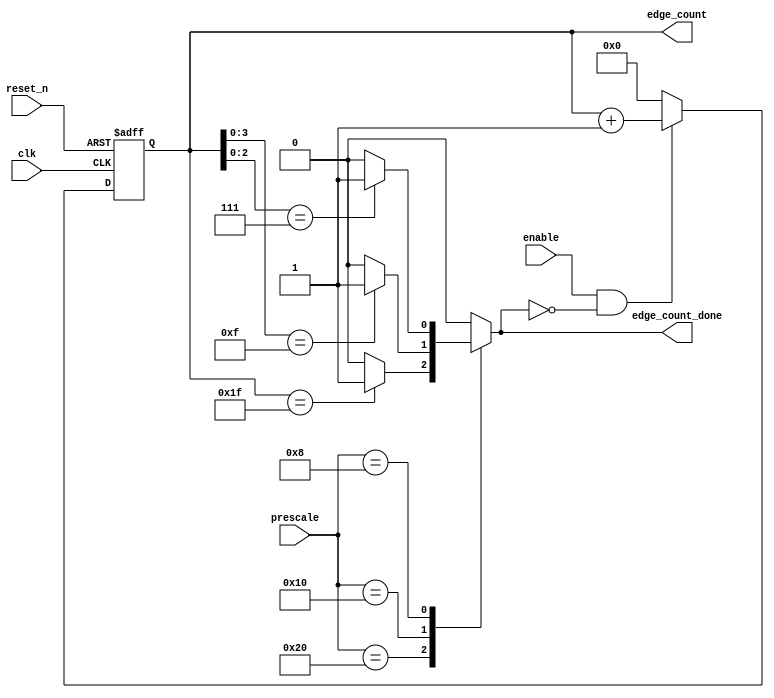
module edge_counter (
	input clk,    // Clock
	input reset_n,  // Asynchronous reset active low
	input [5:0] prescale,
	input enable,

	output reg [4:0] edge_count,
	output reg edge_count_done
);

	always @(posedge clk or negedge reset_n) begin
		if(~reset_n) begin
			edge_count <= 0;
		end else if(enable & ~edge_count_done) begin
			edge_count <= edge_count + 1;
		end
		else 
			edge_count <= 0;
	end

	always @(*) begin
		case(prescale)
			6'b10_0000: begin
				if(edge_count == 5'b1_1111)
					edge_count_done = 1;
				else
					edge_count_done = 0;
			end
			6'b01_0000:
			begin
				if(edge_count[3:0] == 4'b1111)
					edge_count_done = 1;
				else
					edge_count_done = 0;
			end

			6'b00_1000: 
			begin
				if(edge_count[2:0]==3'b111)
					edge_count_done = 1;
				else
					edge_count_done = 0;
			end
			default:
				edge_count_done = 0;
		endcase // prescale
	end
endmodule